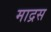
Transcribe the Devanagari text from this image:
माद्रस